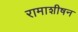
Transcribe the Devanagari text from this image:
रामाशीषन